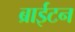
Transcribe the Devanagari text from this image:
ब्राईटन